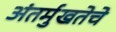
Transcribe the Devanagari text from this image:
अंतर्मुखतेचे